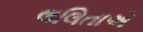
લલિતાએ